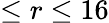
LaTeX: \le r\le 16